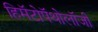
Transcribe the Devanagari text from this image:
हिमॅटोपॅथोलॉजी